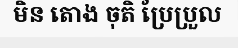
មិន តោង ចុតិ ប្រែប្រួល